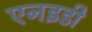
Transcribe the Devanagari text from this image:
एनइडी